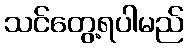
သင်တွေ့ရပါမည်